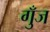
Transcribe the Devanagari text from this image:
गुँज